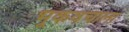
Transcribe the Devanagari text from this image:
भूकवचाला